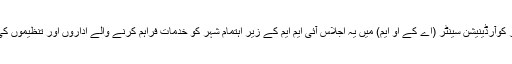
آئی ایم ایم ڈیزاسٹر کوآرڈینیشن سینٹر (اے کے او ایم) میں یہ اجلاس آئی ایم ایم کے زیر اہتمام شہر کو خدمات فراہم کرنے والے اداروں اور تنظیموں کی شرکت سے ہوا۔